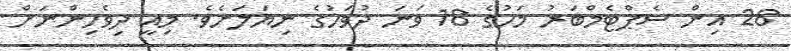
28 އިން ސެޕްޓެމްބަރު މަހުގެ 18 ވަނަ ދުވަހުގެ ނިޔަލަށެވެ. މިއީ ދިވެހިންނަށް